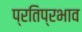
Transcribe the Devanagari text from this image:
प्रतिप्रभाव